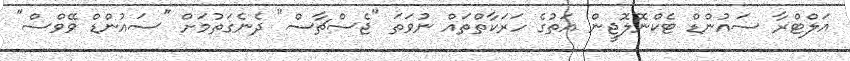
އަލްޓްރާ ސައުންޑް ޓެކްނޮލޮޖީން އަތުގެ ހަރަކާތްތައް ނުވަތަ "ޖެސްޗާސް" ދެނެގަތުމަށް "ސައުންޑް ވޭވްސް"